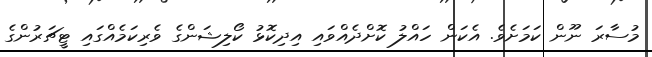
މުސާރަ ނޫން ކަމަށެވެ. އެކަން ހައްލު ކޮށްދެއްވައި އިދިކޮޅު ކޯލިޝަންގެ ވެރިކަމެއްގައި ޓީޗަރުންގެ